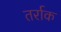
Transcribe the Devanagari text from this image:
तर्राक